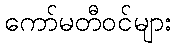
ကော်မတီဝင်များ